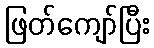
ဖြတ်ကျော်ပြီး